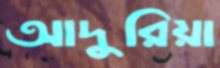
আদুরিয়া